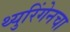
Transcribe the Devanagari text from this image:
थ्युरिंगेनचा